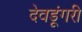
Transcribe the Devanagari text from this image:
देवडूंगरी